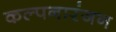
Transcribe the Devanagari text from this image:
कल्पनारंजन